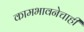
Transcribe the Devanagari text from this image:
कामभावनेचाही